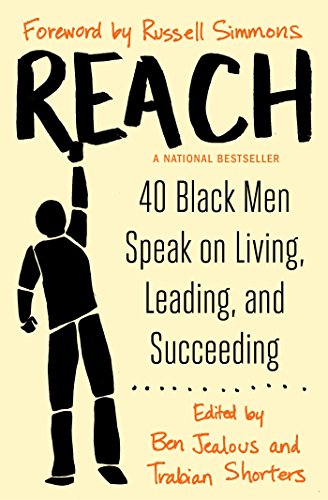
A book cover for Reach: 40 Black Men Speak on Living, Leading, and Succeeding; Biographies & Memoirs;